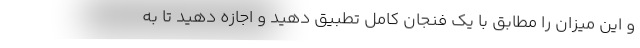
و این میزان را مطابق با یک فنجان کامل تطبیق دهید و اجازه دهید تا به